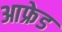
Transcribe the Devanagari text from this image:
आफ्रेड